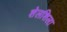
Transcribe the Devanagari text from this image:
शेलशिला